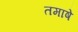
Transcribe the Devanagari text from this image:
तमाषे